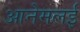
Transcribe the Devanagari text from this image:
आनेमलई